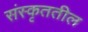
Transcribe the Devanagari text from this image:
संस्कृततील